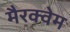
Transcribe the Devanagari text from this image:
मैरक्वेम